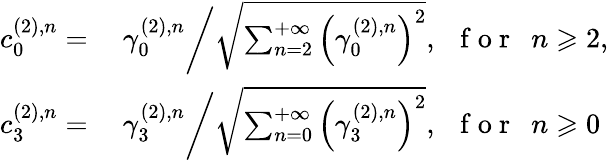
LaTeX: \begin{array}{rl}{c_{0}^{(2),n}=}&{{}\ \gamma_{0}^{(2),n}\bigg/\sqrt{\sum_{n=2}^{+\infty}\left(\gamma_{0}^{(2),n}\right)^{2}},\mathrm{~~~f~o~r~~~}n\geqslant 2,}\\ {c_{3}^{(2),n}=}&{{}\ \gamma_{3}^{(2),n}\bigg/\sqrt{\sum_{n=0}^{+\infty}\left(\gamma_{3}^{(2),n}\right)^{2}},\mathrm{~~~f~o~r~~~}n\geqslant 0}\end{array}